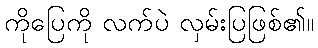
ကိုပြေကို လက်ပဲ လှမ်းပြဖြစ်၏။